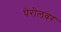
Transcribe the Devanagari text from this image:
पेरोलवर